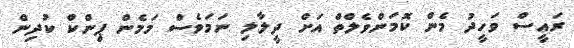
ރައީސް ވަހީދު މެން ކޮމަންވެލްތް އަށް ދީލާލި ނަމަވެސް މަމެން ޕިންކް ކުދިން